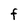
Character: F